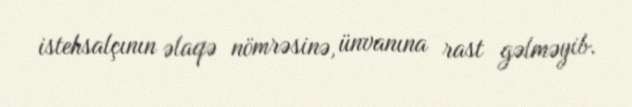
istehsalçının əlaqə nömrəsinə, ünvanına rast gəlməyib.